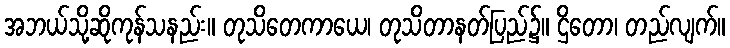
အဘယ်သို့ဆိုကုန်သနည်း။ တုသိတေကာယေ၊ တုသိတာနတ်ပြည်၌။ ဌိတော၊ တည်လျက်။